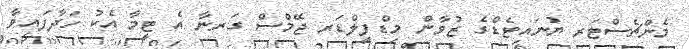
މެންޗެސްޓަރ ޔުނައިޓެޑްގެ ޒުވާން މިޑްފީލްޑަރ ޖޭމްސް ގަރނާ އެ ޓީމާ އެކު ހަދާފައިވާ